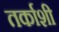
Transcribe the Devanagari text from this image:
तर्काशी